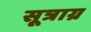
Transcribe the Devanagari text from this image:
सूत्राग्र